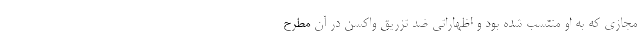
مجازی که به او منتسب شده بود و اظهاراتی ضد تزریق واکسن در آن مطرح